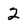
Character: 2